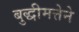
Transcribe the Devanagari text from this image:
बुद्धीमत्तेने